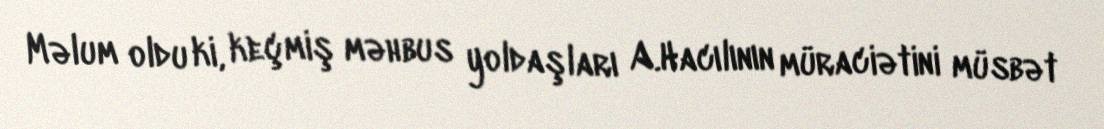
Məlum oldu ki, keçmiş məhbus yoldaşları A.Hacılının müraciətini müsbət